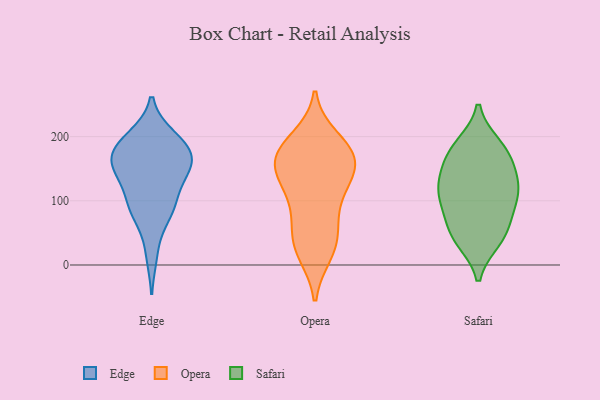
{"axis": {"x": "Page Views", "y": "Value"}, "legend": ["Edge", "Opera", "Safari"], "data": [{"x": "", "y": 17, "type": "Edge"}, {"x": "", "y": 93, "type": "Edge"}, {"x": "", "y": 191, "type": "Edge"}, {"x": "", "y": 174, "type": "Edge"}, {"x": "", "y": 162, "type": "Edge"}, {"x": "", "y": 94, "type": "Edge"}, {"x": "", "y": 151, "type": "Edge"}, {"x": "", "y": 125, "type": "Edge"}, {"x": "", "y": 77, "type": "Edge"}, {"x": "", "y": 180, "type": "Edge"}, {"x": "", "y": 87, "type": "Edge"}, {"x": "", "y": 157, "type": "Edge"}, {"x": "", "y": 150, "type": "Edge"}, {"x": "", "y": 199, "type": "Edge"}, {"x": "", "y": 151, "type": "Edge"}, {"x": "", "y": 195, "type": "Edge"}, {"x": "", "y": 157, "type": "Opera"}, {"x": "", "y": 18, "type": "Opera"}, {"x": "", "y": 139, "type": "Opera"}, {"x": "", "y": 141, "type": "Opera"}, {"x": "", "y": 53, "type": "Opera"}, {"x": "", "y": 173, "type": "Opera"}, {"x": "", "y": 187, "type": "Opera"}, {"x": "", "y": 131, "type": "Opera"}, {"x": "", "y": 197, "type": "Opera"}, {"x": "", "y": 158, "type": "Opera"}, {"x": "", "y": 20, "type": "Opera"}, {"x": "", "y": 35, "type": "Opera"}, {"x": "", "y": 61, "type": "Opera"}, {"x": "", "y": 175, "type": "Opera"}, {"x": "", "y": 104, "type": "Opera"}, {"x": "", "y": 98, "type": "Opera"}, {"x": "", "y": 175, "type": "Opera"}, {"x": "", "y": 182, "type": "Safari"}, {"x": "", "y": 138, "type": "Safari"}, {"x": "", "y": 186, "type": "Safari"}, {"x": "", "y": 39, "type": "Safari"}, {"x": "", "y": 99, "type": "Safari"}, {"x": "", "y": 160, "type": "Safari"}, {"x": "", "y": 95, "type": "Safari"}, {"x": "", "y": 44, "type": "Safari"}, {"x": "", "y": 68, "type": "Safari"}, {"x": "", "y": 47, "type": "Safari"}, {"x": "", "y": 123, "type": "Safari"}, {"x": "", "y": 172, "type": "Safari"}, {"x": "", "y": 112, "type": "Safari"}, {"x": "", "y": 122, "type": "Safari"}]}